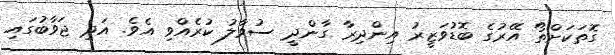
ގޮތަކަށްތޯ އޭރުގެ ބޮޑުވަޒީރު އިންދިރާ ގާންދީ ސުވާލު ކުރެއްވި އެވެ. އަދި ޖަވާބުގައި